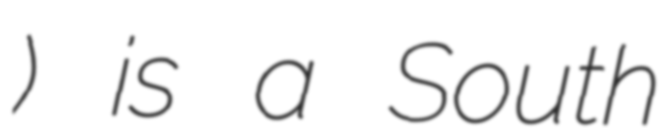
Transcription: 축구단) is a South